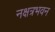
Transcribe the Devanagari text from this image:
नक्षत्रभवन